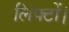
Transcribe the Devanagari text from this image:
लिफ्टों।